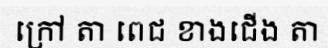
ក្រៅ តា ពេជ ខាងជើង តា